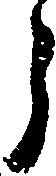
う